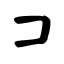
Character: コ